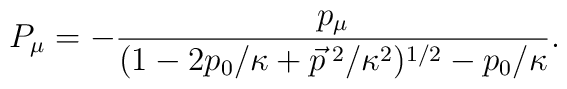
P_{\mu}=-\frac{p_{\mu}}{(1-2p_{0}/\kappa +\vec{p}^{\;2}/\kappa^2)^{1/2}-p_{0}/\kappa}.